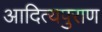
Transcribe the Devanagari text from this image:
आदित्यपुराण